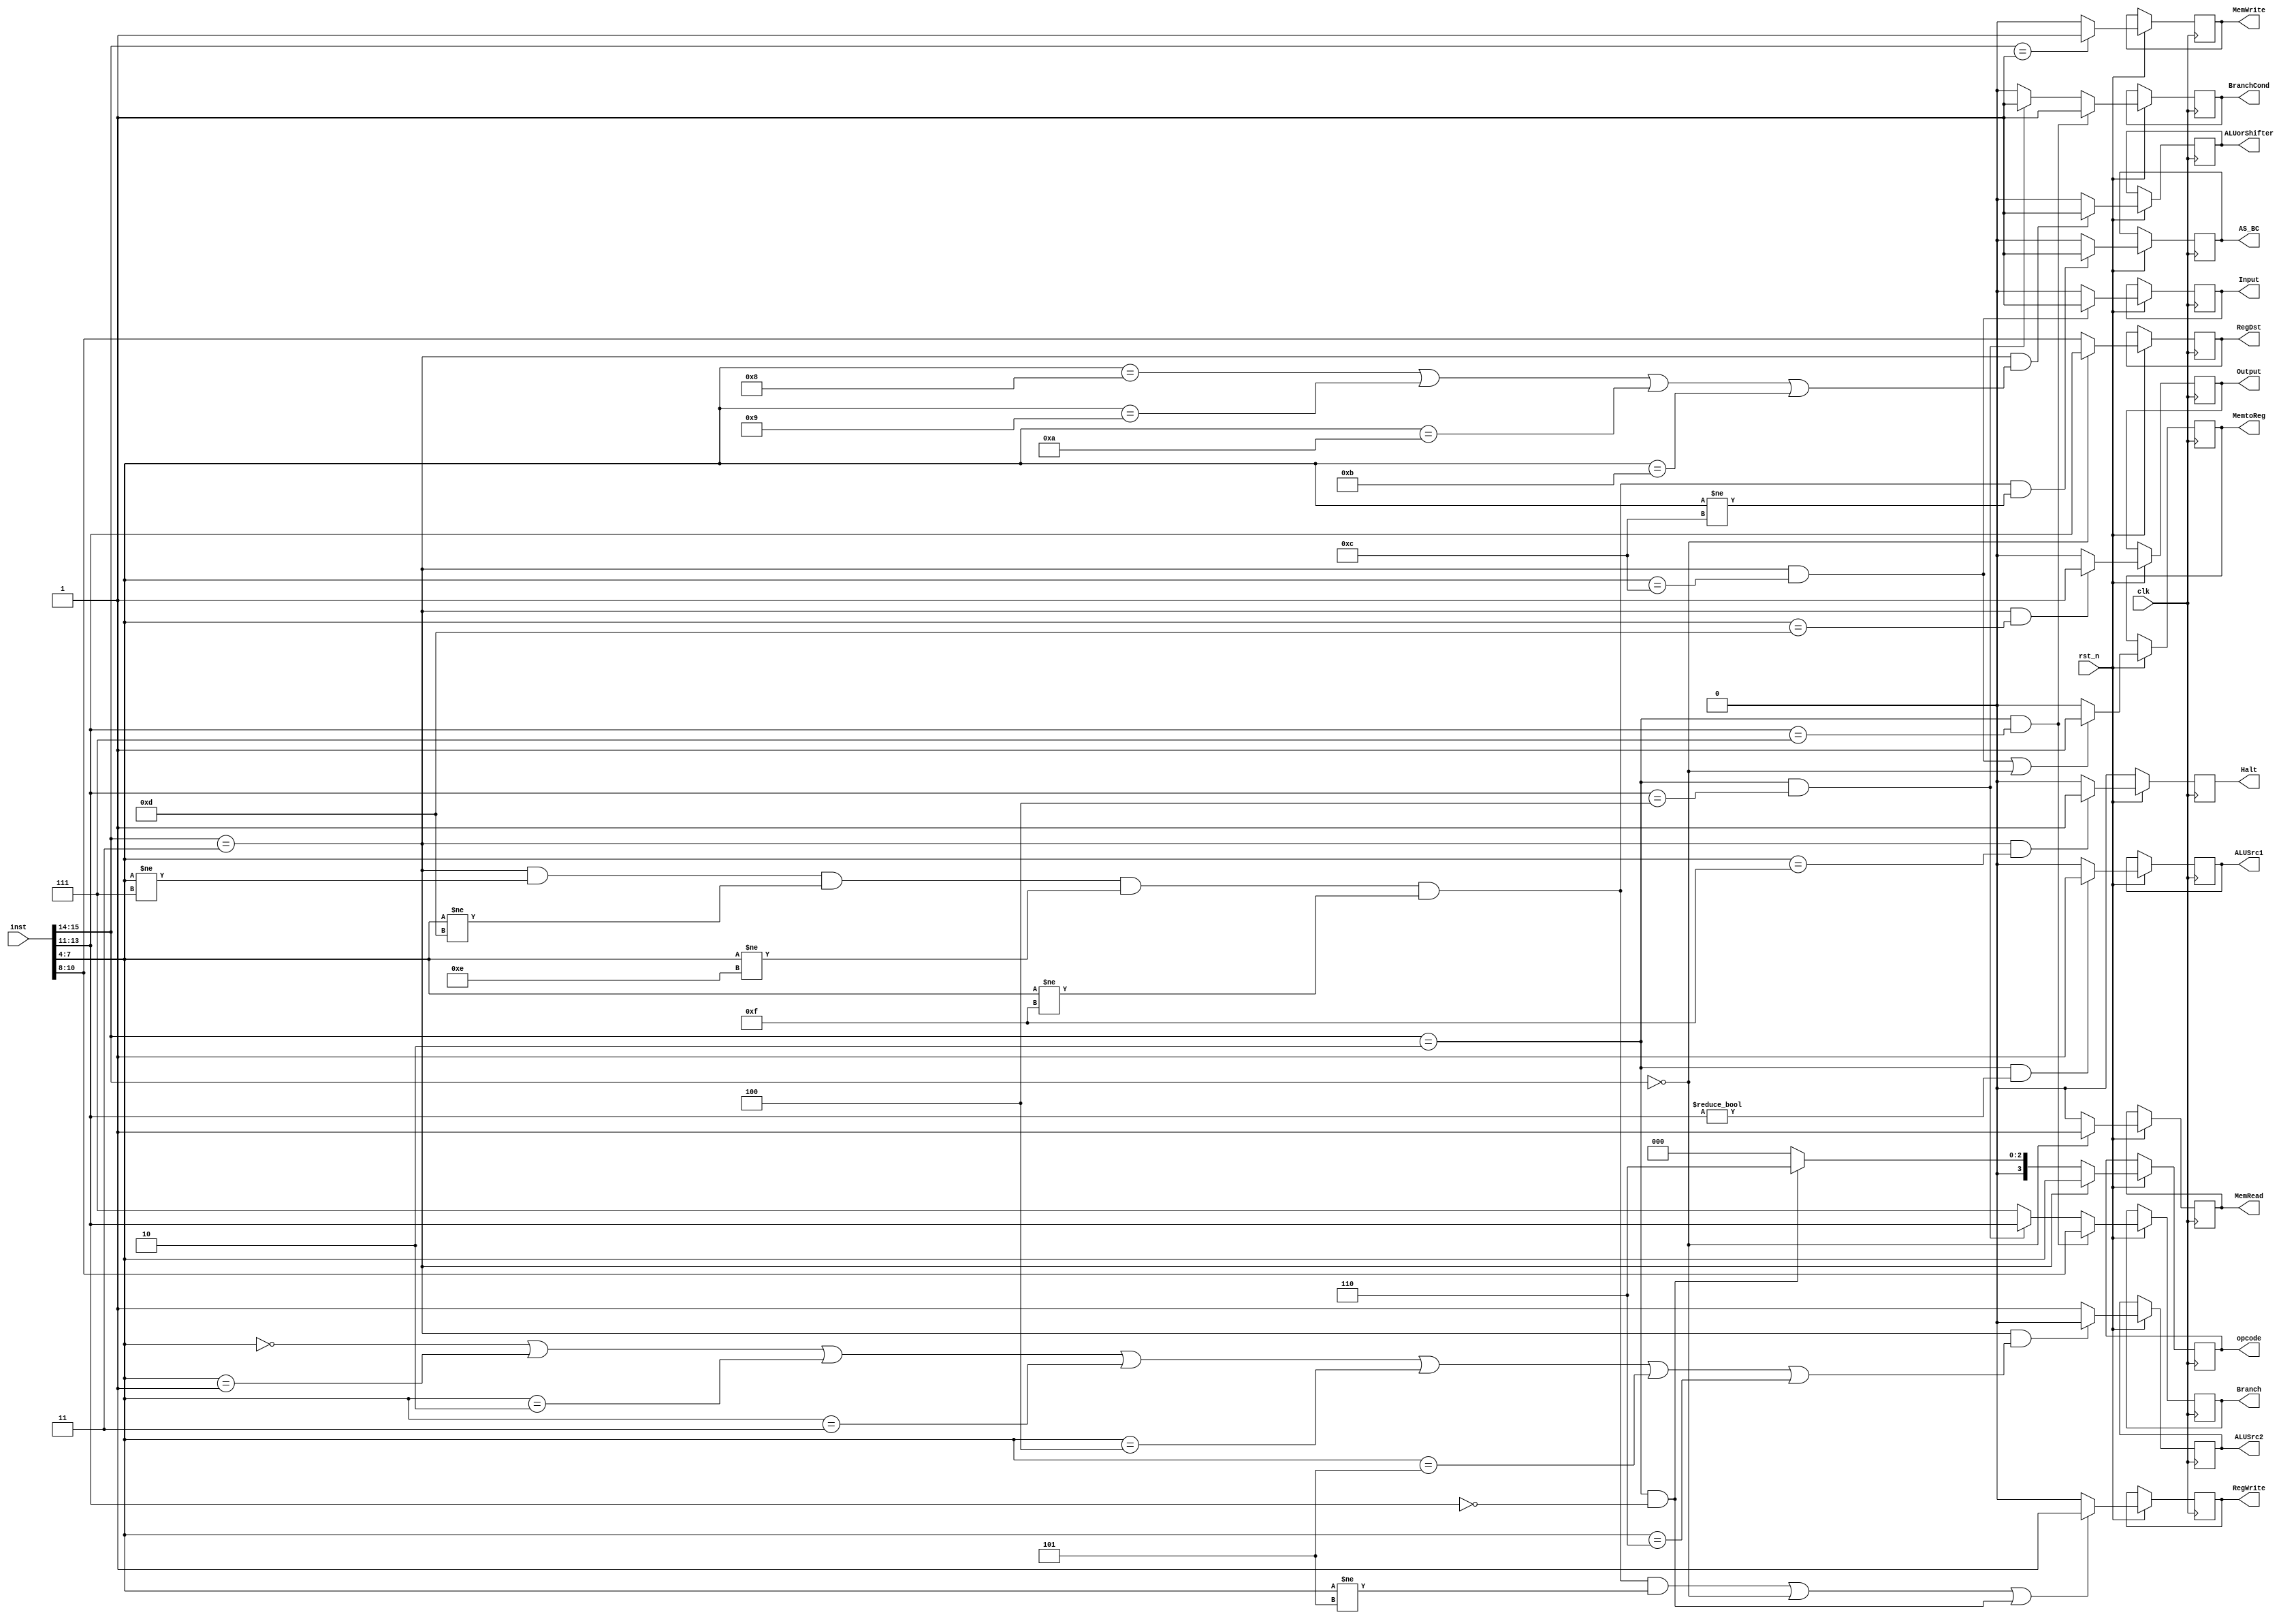
module ctl(
	input clk,rst_n,
	input [15:0] inst,
	output  MemRead,MemWrite,RegWrite,ALUSrc1,ALUSrc2,MemtoReg,Output,Input,ALUorShifter,Halt,BranchCond,AS_BC,
	output  [3:0] opcode,
	output  [2:0] RegDst,
	output  [2:0] Branch);
	wire [1:0] twobit;
	wire [3:0] opcode_reg;
	wire [15:0] inst_reg;
	wire [2:0] brch_reg;
	reg MemRead_wire,MemWrite_wire,RegWrite_wire,ALUSrc1_wire,ALUSrc2_wire,MemtoReg_wire,Output_wire,Input_wire,ALUorShifter_wire,Halt_wire,BranchCond_wire,AS_BC_wire;
	reg [3:0] opcode_wire;
	reg [2:0] brch_wire;
	reg [2:0] reg_dst_wire;
	assign inst_reg = inst;
	assign twobit = inst[15:14];
	assign opcode_reg = inst[7:4];
	assign brch_reg = inst[13:11];
	always @ (posedge clk ) begin
		if(!rst_n) begin
			Halt_wire <= 1'b0;
		end else begin
			if (( twobit == 2'b11 && opcode_reg != 4'b0111 && opcode_reg != 4'b1101 && opcode_reg != 4'b1110 && opcode_reg != 4'b1111 && opcode_reg != 4'b0101) || (twobit == 2'b00 ) || (twobit == 2'b10 && brch_reg == 3'b000)) begin
				RegWrite_wire <= 1'b1;
			end else begin
				RegWrite_wire <= 1'b0;
			end
			if(twobit == 2'b01 ) begin
				MemWrite_wire <= 1'b1;
			end else begin
				MemWrite_wire <= 1'b0;
			end
			if (twobit == 2'b00 ) begin
				MemRead_wire <= 1'b1;
			end else begin
				MemRead_wire <= 1'b0;
			end
			if ((twobit == 2'b11 && opcode_reg == 4'b1100) || (twobit == 2'b00))begin//1101 ->1100 modified
				MemtoReg_wire <= 1'b1;
			end else begin
				MemtoReg_wire <= 1'b0;
			end
			if ( twobit == 2'b10 && brch_reg != 3'b000) begin //3'b00 ->3'b000 modified
				ALUSrc1_wire <= 1'b1;
			end else begin
				ALUSrc1_wire <= 1'b0;
			end
			if(twobit ==2'b11 && (opcode_reg == 4'b0000 ||opcode_reg == 4'b0001 ||opcode_reg == 4'b0010 ||opcode_reg == 4'b0011 ||opcode_reg == 4'b0100 ||opcode_reg == 4'b0101 ||opcode_reg == 4'b0110)) begin
				ALUSrc2_wire <= 1'b0;
			end else begin
				ALUSrc2_wire <= 1'b1;
			end
			if(twobit == 2'b11 && opcode_reg == 4'b1101) begin
				Output_wire <= 1'b1;
			end else begin
				Output_wire <= 1'b0;
			end
			if(twobit == 2'b11 && opcode_reg == 4'b1100) begin
				Input_wire <= 1'b1;
			end else begin
				Input_wire <= 1'b0;
			end
			if( twobit == 2'b11 )begin // && opcode_2reg != 4'b0111 && opcode_reg != 4'b1101 && opcode_reg != 4'b1110 && opcode_reg != 4'b1111) || (twobit == 2'b11) && (opcode_reg == 4'b1100 || opcode_reg == 4'b1101) -> x
				opcode_wire <= opcode_reg;
			end else if(twobit == 2'b10 && brch_reg == 3'b000) begin
				opcode_wire <= 4'b0110;
			end else begin
				opcode_wire <= 4'b0000;
			end
			if(twobit == 2'b10 && brch_reg == 3'b111) begin
				brch_wire <= inst[10:8];
				BranchCond_wire <=1'b1;
			end else if(twobit == 2'b10 && brch_reg == 3'b100) begin
				brch_wire <= brch_reg;
				BranchCond_wire <=1'b1;
			end else begin
				brch_wire <= 3'b111;
				BranchCond_wire <=1'b0;
			end
			if(twobit == 2'b00 ) begin
				reg_dst_wire <= inst[13:11];
			end else  begin
				reg_dst_wire <= inst[10:8];
			end
			if(twobit ==2'b11 && (opcode_reg == 4'b1000 ||opcode_reg == 4'b1001 ||opcode_reg == 4'b1010 ||opcode_reg == 4'b1011 )) begin
				ALUorShifter_wire <= 1'b1;
			end else begin
				ALUorShifter_wire <= 1'b0;
			end
			if(twobit == 2'b11 && opcode_reg == 4'b1111) begin
				Halt_wire <= 1'b1;
			end else begin
				Halt_wire <= 1'b0;
			end
			if(twobit == 2'b11  && opcode_reg != 4'b0111 && opcode_reg != 4'b1101 && opcode_reg != 4'b1110 && opcode_reg != 4'b1111 && opcode_reg != 4'b1100) begin
				AS_BC_wire <= 1'b1;
			end else begin
				AS_BC_wire <= 1'b0;
			end
		end
	end
	assign MemRead = MemRead_wire;
	assign MemWrite = MemWrite_wire;
	assign RegWrite = RegWrite_wire;
	assign ALUSrc1 = ALUSrc1_wire;
	assign ALUSrc2 = ALUSrc2_wire;
	assign MemtoReg = MemtoReg_wire;
	assign Output = Output_wire;
	assign Input = Input_wire;
	assign ALUorShifter = ALUorShifter_wire;
	assign Halt = Halt_wire;
	assign opcode = opcode_wire;
	assign Branch = brch_wire;
	assign RegDst = reg_dst_wire;
	assign BranchCond = BranchCond_wire;
	assign AS_BC = AS_BC_wire;
endmodule